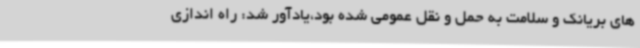
های بریانک و سلامت به حمل و نقل عمومی شده بود،یادآور شد: راه اندازی